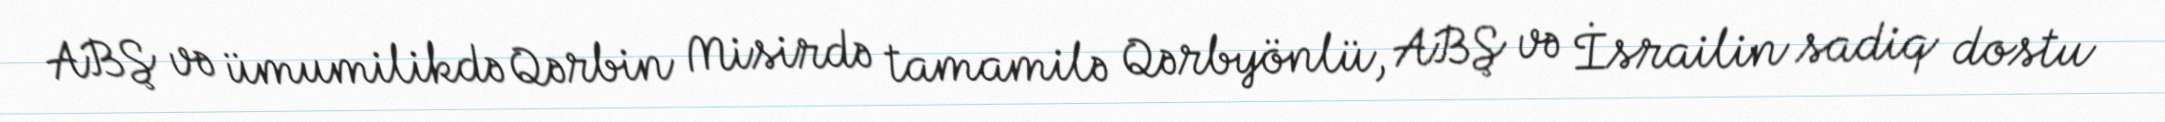
ABŞ və ümumilikdə Qərbin Misirdə tamamilə Qərbyönlü, ABŞ və İsrailin sadiq dostu